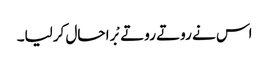
اس نے روتے روتے بْرا حال کرلیا۔